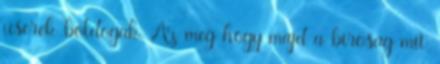
userek boldogak. Az meg hogy majd a birosag mit